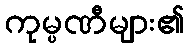
ကုမ္ပဏီများ၏